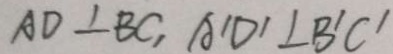
A D \bot B C , A ^ { \prime } D ^ { \prime } \bot B ^ { \prime } C ^ { \prime }